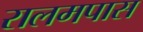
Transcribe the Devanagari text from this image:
रालमपास